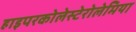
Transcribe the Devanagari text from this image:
हाइपरकोलेस्टेरोलेमिया